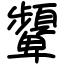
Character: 顰